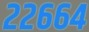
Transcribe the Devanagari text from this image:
२२६६४